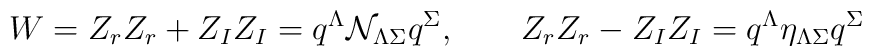
W=Z_rZ_r+Z_IZ_I=q^{\Lambda}\mathcal{N}_{\Lambda\Sigma} q^\Sigma,\qquad Z_rZ_r-Z_IZ_I=q^{\Lambda}\eta_{\Lambda\Sigma} q^\Sigma